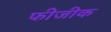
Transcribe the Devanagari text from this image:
फीजीक